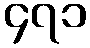
၄၇၁